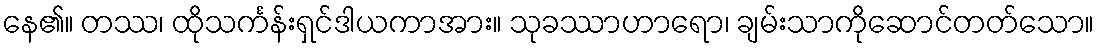
နေ၏။ တဿ၊ ထိုသင်္ကန်းရှင်ဒါယကာအား။ သုခဿာဟာရော၊ ချမ်းသာကိုဆောင်တတ်သော။